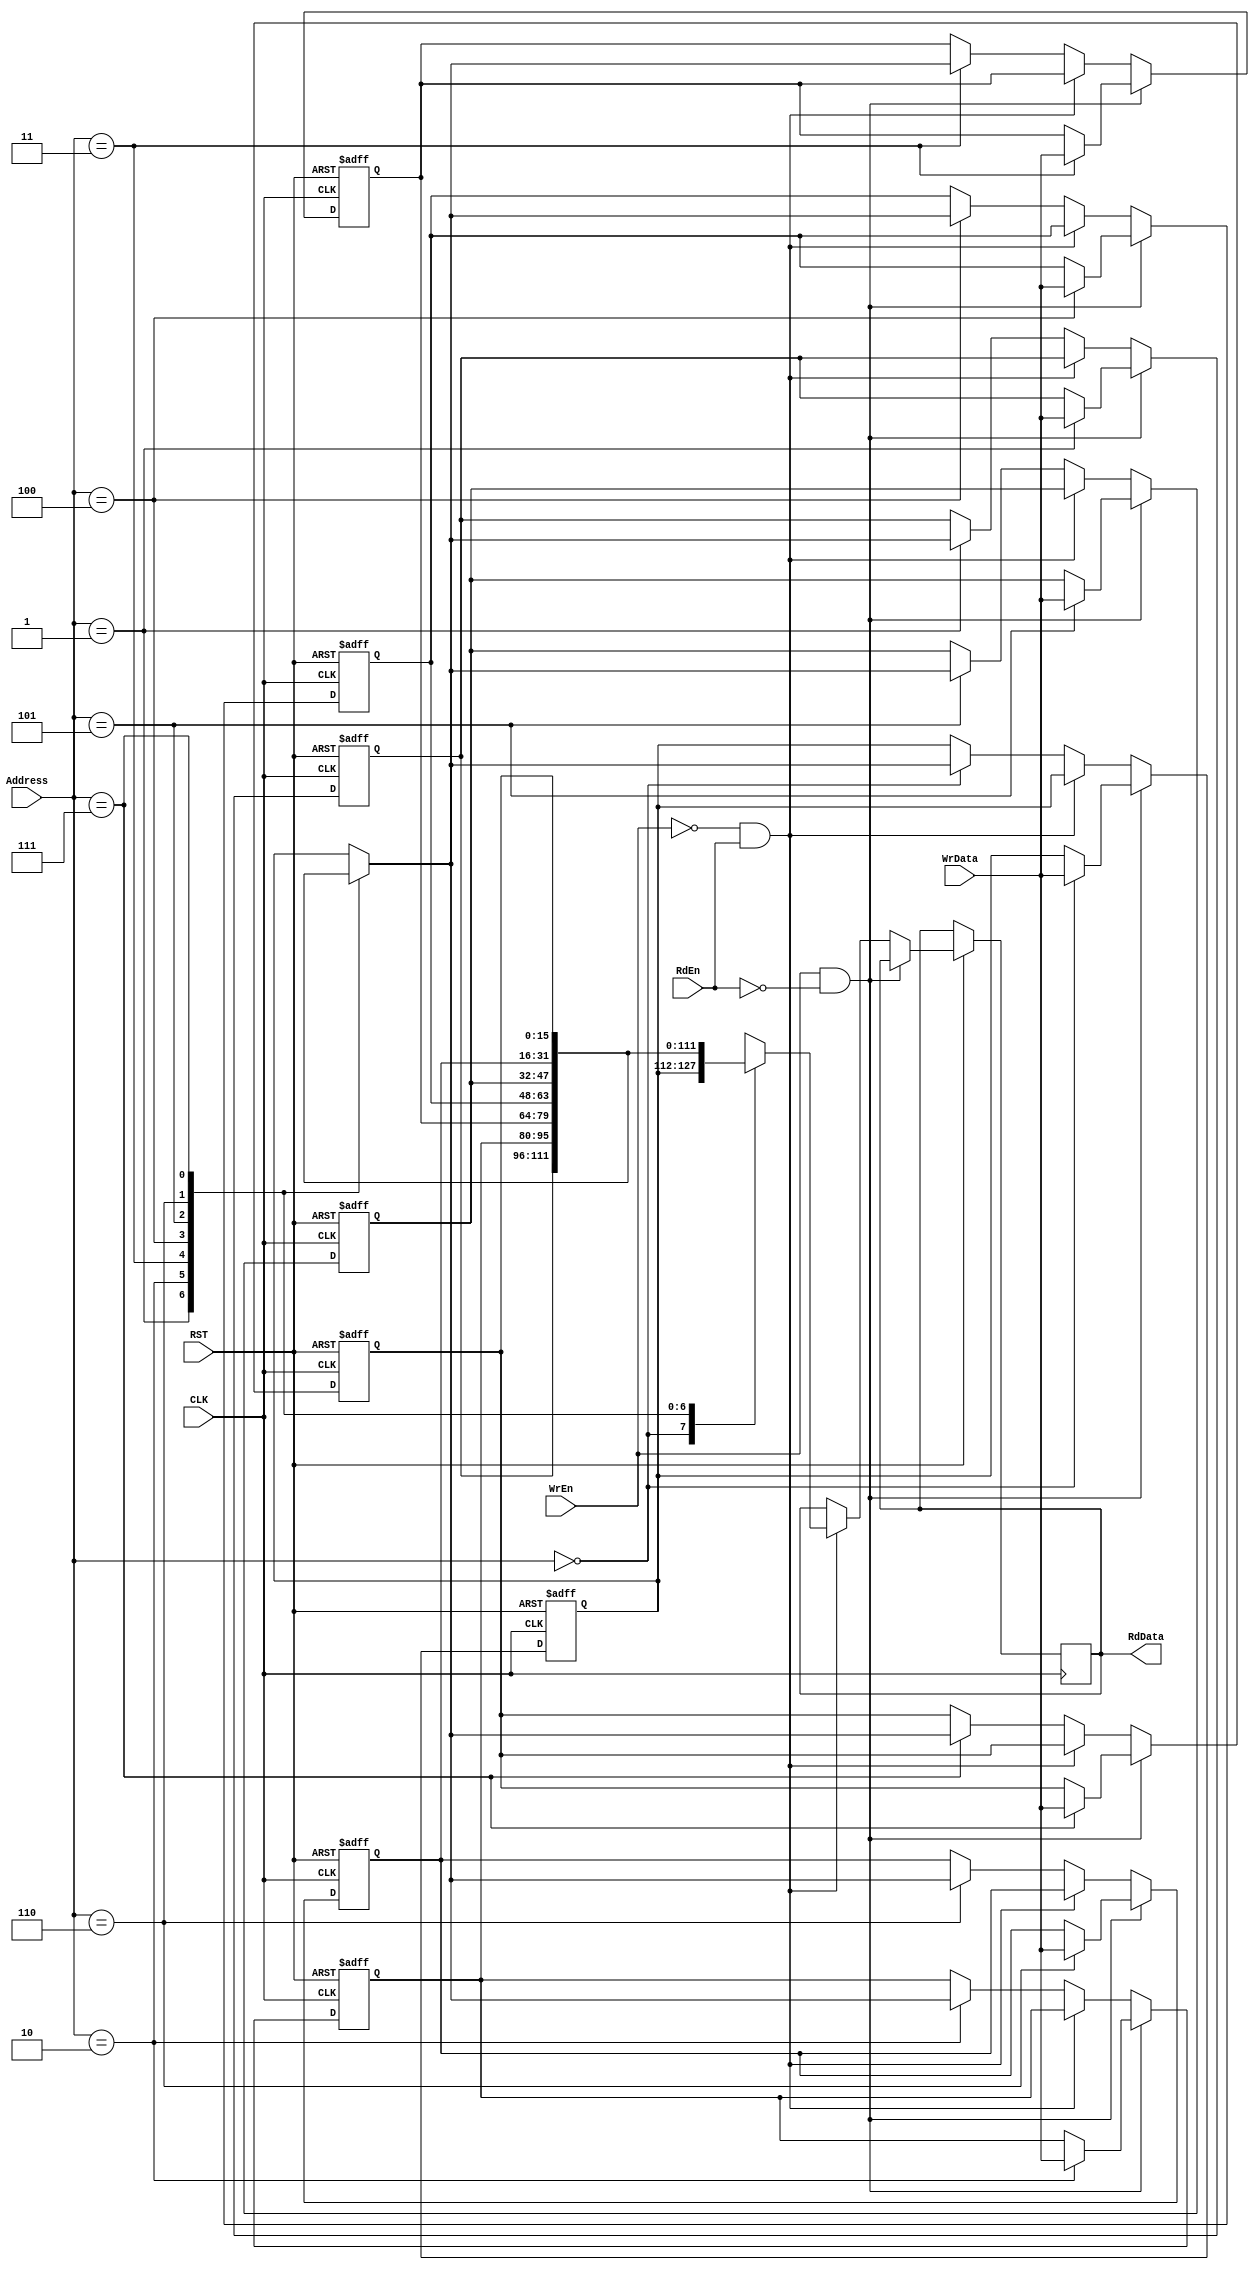
module RAM_16 #(parameter Width =16 ,
                          Depth=8,
                          ADD_WD=3)(
  input wire [Width-1:0]  WrData,
  input wire [ADD_WD-1:0] Address,
  input wire              WrEn,RdEn,CLK,RST,
  output reg [Width-1:0]  RdData
   );
   
reg [Width-1:0] reg_file [Depth-1:0];

always @ (posedge CLK or negedge RST)
  begin
    if(!RST)
      begin
        reg_file[0]<=0;
        reg_file[1]<=0;
        reg_file[2]<=0;
        reg_file[3]<=0;
        reg_file[4]<=0;
        reg_file[5]<=0;
        reg_file[6]<=0;
        reg_file[7]<=0;
      end
    else if(WrEn && !RdEn)
      reg_file[Address]<= WrData;
    else if (!WrEn && RdEn)
      RdData <= reg_file[Address];
    else 
      reg_file[Address]<=reg_file[Address] ;
  end
   
endmodule